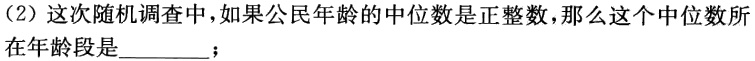
（2）这次随机调查中，如果公民年龄的中位数是正整数，那么这个中位数所
在年龄段是________；